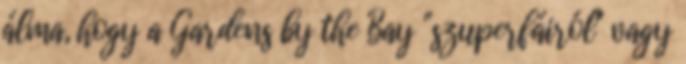
álma, hogy a Gardens by the Bay "szuperfáiról" vagy